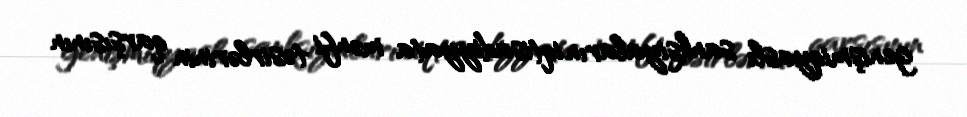
genişmiqyaslı sanksiyaların iqtisadiyyata mənfi təsirlərinin qarşısının